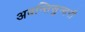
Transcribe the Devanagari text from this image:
अवन्तिसुन्दरी